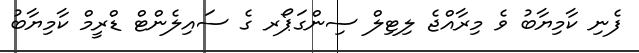
ފެނި ކާމިޔާބު ވެ މިރާއްޖެ ލިޓިލް ސިންގަޕޯރ ގެ ސައިލެންޓް ޑްރީމް ކާމިޔާބު